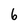
Character: 6